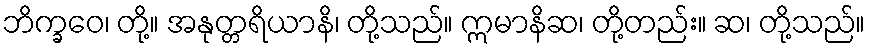
ဘိက္ခဝေ၊ တို့။ အနုတ္တရိယာနိ၊ တို့သည်။ ဣမာနိဆ၊ တို့တည်း။ ဆ၊ တို့သည်။